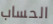
الحساب